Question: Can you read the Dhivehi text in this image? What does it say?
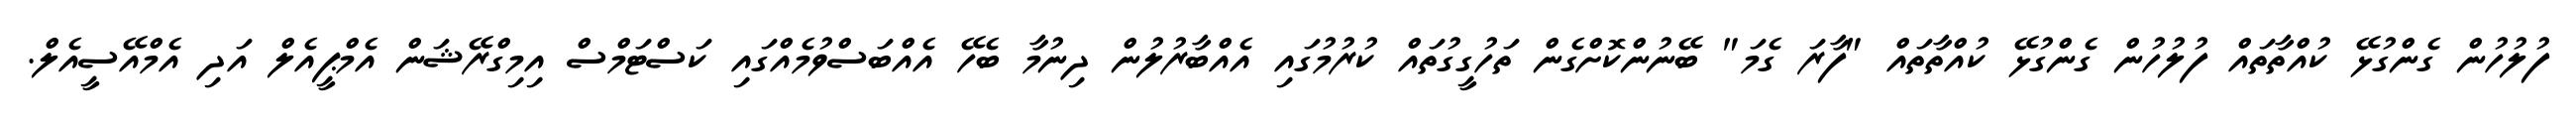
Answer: ފުލުހުން ގެންގުޅޭ ކުއްތާތައް ފުލުހުން ގެންގުޅޭ ކުއްތާތައް "ފާރަ ގެމަ" ބޭނުންކޮށްގެން ތަހުގީގުތައް ކުރުމުގައި އެއްބާރުލުން ދިނުމާ ބެހޭ އެއްބަސްވުމެއްގައި ކަސްޓަމްސް އިމިގްރޭޝަން އެމްޕީއެލް އަދި އެމްއޭސީއެލް.